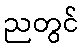
ညတွင်